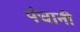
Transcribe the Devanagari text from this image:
पंचानी